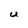
Character: U